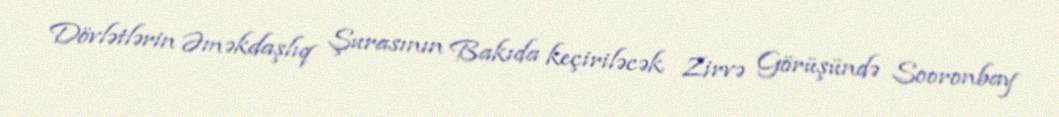
Dövlətlərin Əməkdaşlıq Şurasının Bakıda keçiriləcək Zirvə Görüşündə Sooronbay